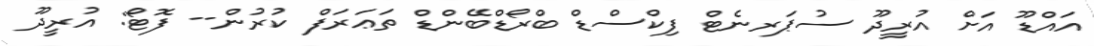
އައްޑޫ އަށް އުރީދޫ ސުޕަރނެޓް ފިކްސްޑް ބްރޯޑްބޭންޑް ތަޢަރަފް ކުރުން-- ފޮޓޯ: އުރީދޫ